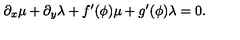
\partial _ { x } \mu + \partial _ { y } \lambda + f ^ { \prime } ( \phi ) \mu + g ^ { \prime } ( \phi ) \lambda = 0 .